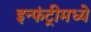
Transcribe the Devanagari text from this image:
इन्फंट्रीमध्ये